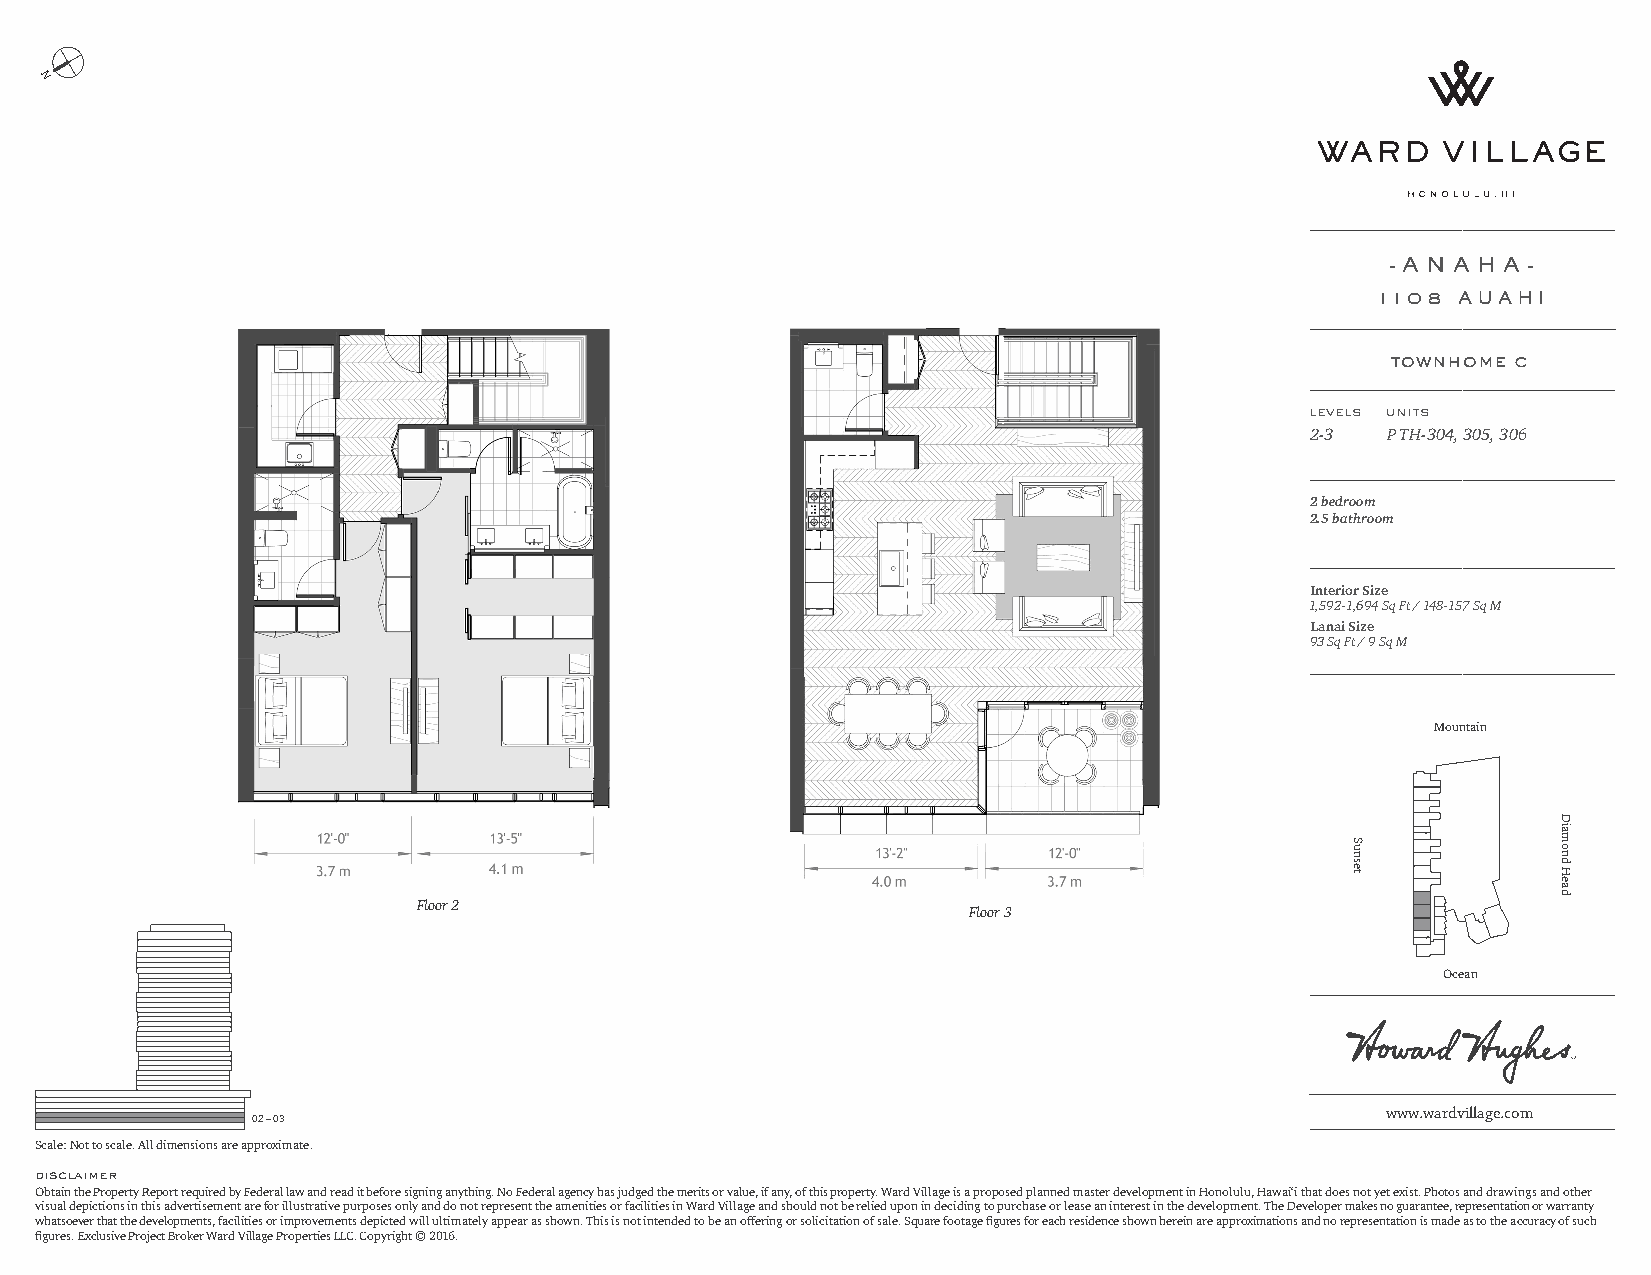
N
 - A N A H A -
 1108 AUAHI
 townhome c
 levels units
 2-3  P TH-304, 305, 306
 2 bedroom
 2.5 bathroom
 Interior Size
 1,592-1,694 Sq Ft / 148-157 Sq M
 Lanai Size
 93 Sq Ft / 9 Sq M
 Mountain
 Floor 2                             Floor 3
 Ocean
 www.wardvillage.com
 02 – 03
 Scale: Not to scale. All dimensions are approximate.
 disclaimer
 Obtain the Property Report required by Federal law and read it before signing anything. No Federal agency has judged the merits or value, if any, of this property. Ward Village is a proposed planned master development in Honolulu, Hawai‘i that does not yet exist. Photos and drawings and other
 visual depictions in this advertisement are for illustrative purposes only and do not represent the amenities or facilities in Ward Village and should not be relied upon in deciding to purchase or lease an interest in the development. The Developer makes no guarantee, representation or warranty
 whatsoever that the developments, facilities or improvements depicted will ultimately appear as shown. This is not intended to be an offering or solicitation of sale. Square footage figures for each residence shown herein are approximations and no representation is made as to the accuracy of such
 figures. Exclusive Project Broker Ward Village Properties LLC. Copyright © 2016.
 Sunset
 Diamond
 Head